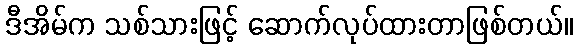
ဒီအိမ်က သစ်သားဖြင့် ဆောက်လုပ်ထားတာဖြစ်တယ်။